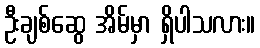
ဦးချစ်ဆွေ အိမ်မှာ ရှိပါသလား။